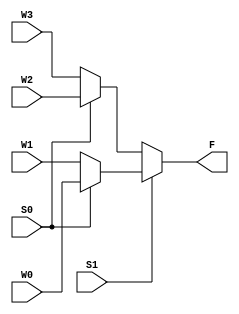
module mux4to12(W0, W1, W2, W3, S1, S0, F);
	input W0, W1, W2, W3;
	input S1, S0;
	output F;
	
	assign F = S1 ? (S0 ? W0 : W1) : (S0 ? W2 : W3);
endmodule